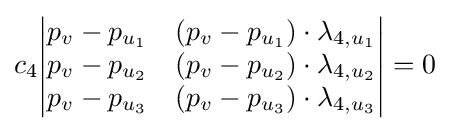
c_{4}{\begin{vmatrix}p_{v}-p_{u_{1}}&(p_{v}-p_{u_{1}})\cdot \lambda _{4,u_{1}}\\p_{v}-p_{u_{2}}&(p_{v}-p_{u_{2}})\cdot \lambda _{4,u_{2}}\\p_{v}-p_{u_{3}}&(p_{v}-p_{u_{3}})\cdot \lambda _{4,u_{3}}\end{vmatrix}}=0